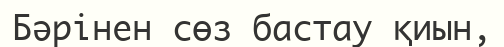
Бәрінен сөз бастау қиын,